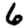
Digit: 6